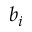
b _ { i }